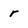
Character: r